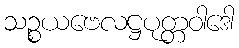
သဉ္စယဗေလဋ္ဌပုတ္တဝါဒေါ